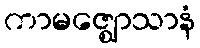
ကာမဇ္ဈောသာနံ